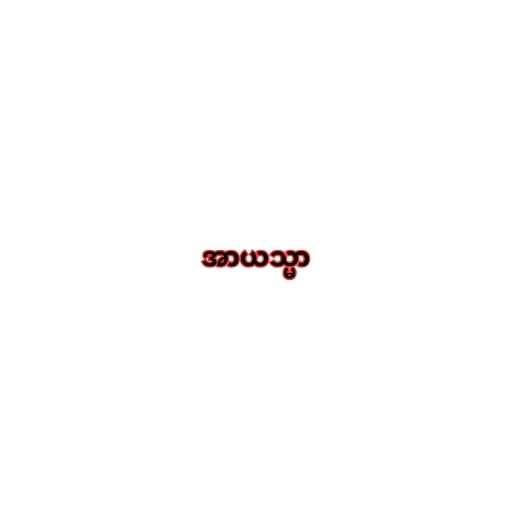
အာယသ္မာ